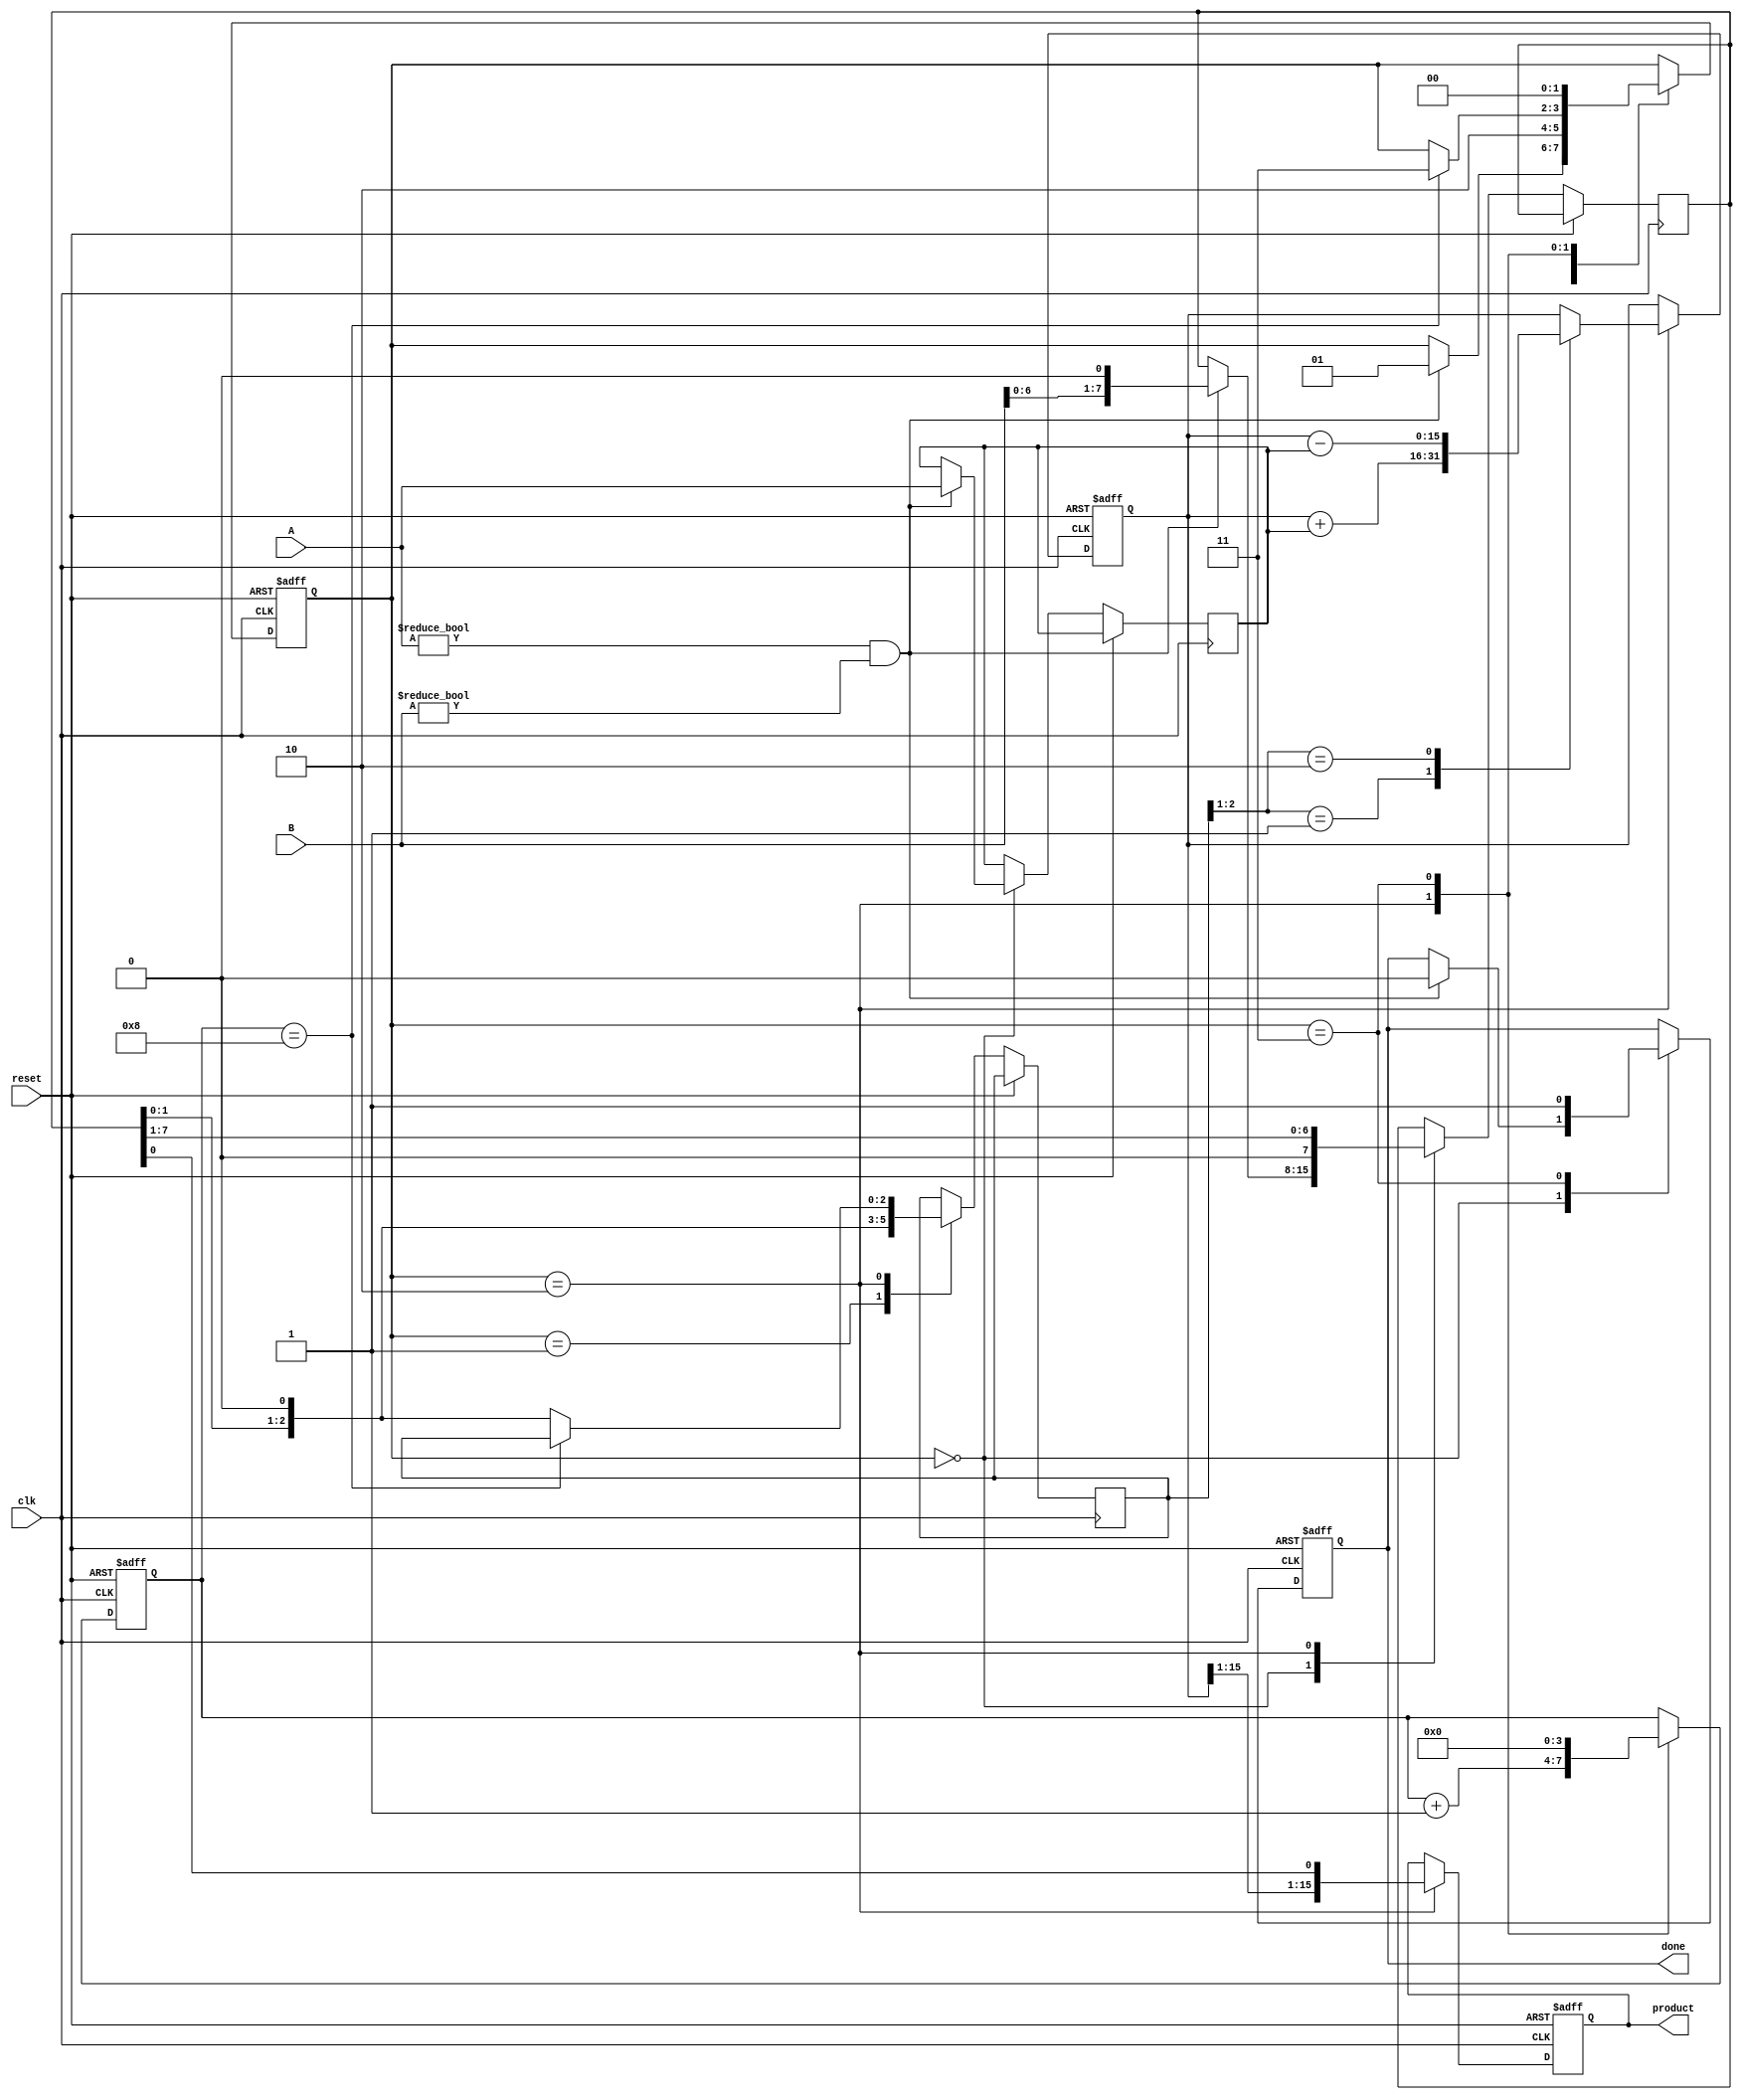
module modified_booth_multiplier #(
    parameter WIDTH = 8 // Bit width for inputs
)(
    input wire clk,
    input wire reset,
    input wire signed [WIDTH-1:0] A, // Multiplicand
    input wire signed [WIDTH-1:0] B, // Multiplier
    output reg signed [2*WIDTH-1:0] product, // Product output
    output reg done // Done signal when multiplication is complete
);

    reg signed [WIDTH-1:0] multiplicand;
    reg [WIDTH-1:0] multiplier;
    reg signed [2*WIDTH-1:0] accumulator;
    reg [2:0] booth_bits; // Three bits from the multiplier

    reg [3:0] count; // Counter for cycles
    reg [1:0] state; // FSM state
    localparam IDLE = 2'b00, SETUP = 2'b01, CALCULATE = 2'b10, DONE_STATE = 2'b11;
  
    // Initialization and setup
    always @(posedge clk or posedge reset) begin
        if (reset) begin
            product <= 0;
            accumulator <= 0;
            count <= 0;
            state <= IDLE;
            done <= 0;
        end else begin
            case(state)
                IDLE: begin
                    if (A != 0 && B != 0) begin
                        multiplicand <= A; // Set multiplicand
                        multiplier <= {B, 1'b0}; // Extending the multiplier with an extra bit
                        state <= SETUP;
                        done <= 0;
                    end
                end
                SETUP: begin
                    booth_bits <= {multiplier[1:0], 1'b0}; // Get the booth bits
                    state <= CALCULATE;
                end
                CALCULATE: begin
                    count <= count + 1;
                    case(booth_bits[2:1]) // Encoding and generating partial products
                        2'b00: accumulator <= accumulator; // No operation
                        2'b01: accumulator <= accumulator + multiplicand; // Add A
                        2'b10: accumulator <= accumulator - multiplicand; // Subtract A
                        2'b11: /* No operation as this is continuation */;
                    endcase

                    // Shift Right operation
                    product <= {accumulator[2*WIDTH-1:1], multiplier[0]}; // Shift the accumulator right and include LSB of multiplier
                    multiplier <= multiplier >> 1; // Shift multiplier

                    // Check if done (after WIDTH iterations)
                    if (count == WIDTH) begin
                        state <= DONE_STATE;
                    end else begin
                        booth_bits <= {multiplier[1:0], 1'b0}; // Update booth bits for next iteration
                    end
                end
                DONE_STATE: begin
                    product <= product; // Final product ready
                    done <= 1; // Signal done
                    state <= IDLE; // Go back to idle
                    count <= 0;
                end
            endcase
        end
    end
endmodule